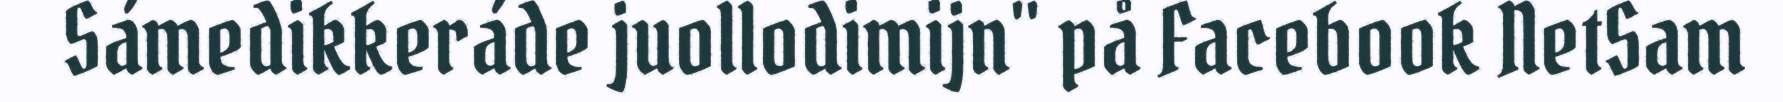
Sámedikkeráde juollodimijn" på Facebook NetSam